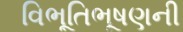
વિભૂતિભૂષણની